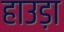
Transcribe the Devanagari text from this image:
हाउड़ा